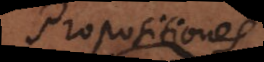
roposition